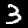
Label: 3